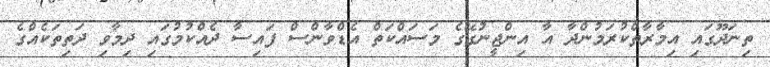
ތިނަދޫގައި އިމާރާތްކުރަމުންދާ އާ އިންޖީނުގޭގެ މަސައްކަތް އެޑްވާންސް ފައިސާ ދެއްކުމުގައި ދިމާވި ދަތިތަކެއްގެ